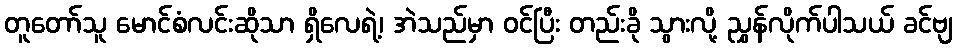
တူတော်သူ မောင်စံလင်းဆိုသာ ရှိလေရဲ့၊ အဲသည်မှာ ဝင်ပြီး တည်းခို သွားလို့ ညွှန်လိုက်ပါသယ် ခင်ဗျ